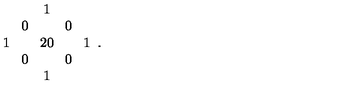
\begin{array} { c c c c c } { } & { } & { 1 } & { } & { } \\ { } & { 0 \! } & { } & { \! 0 } & { } \\ { 1 \! } & { \! } & { 2 0 } & { \! } & { \! 1 } \\ { } & { 0 \! } & { } & { \! 0 } & { } \\ { } & { } & { 1 } & { } & { } \\ \end{array} .